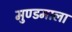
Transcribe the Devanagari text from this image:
मुण्डमाला